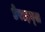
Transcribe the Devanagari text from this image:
डेराइव्स